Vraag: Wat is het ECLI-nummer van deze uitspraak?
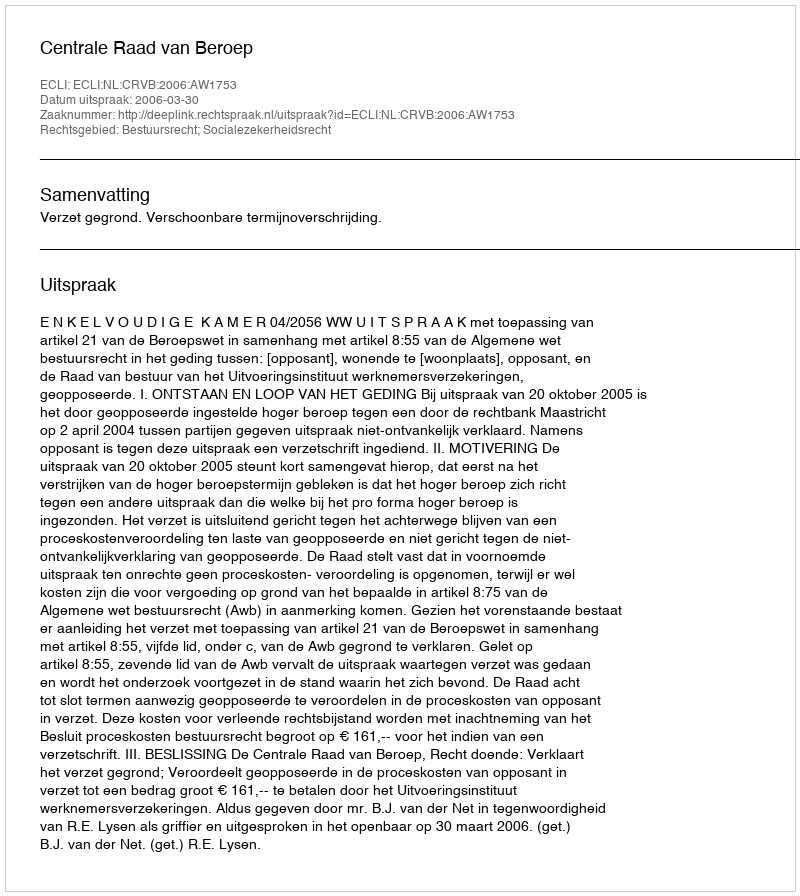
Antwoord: ECLI:NL:CRVB:2006:AW1753